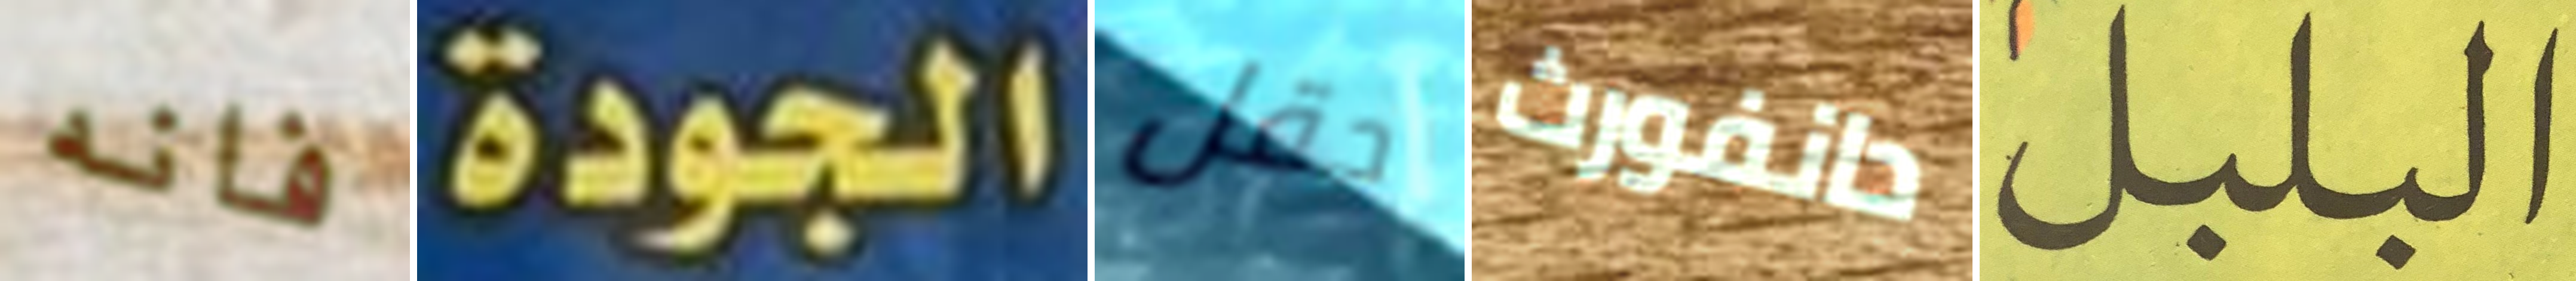
فانه الجودة حقل دانفورث البلبل